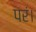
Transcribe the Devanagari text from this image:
परं।